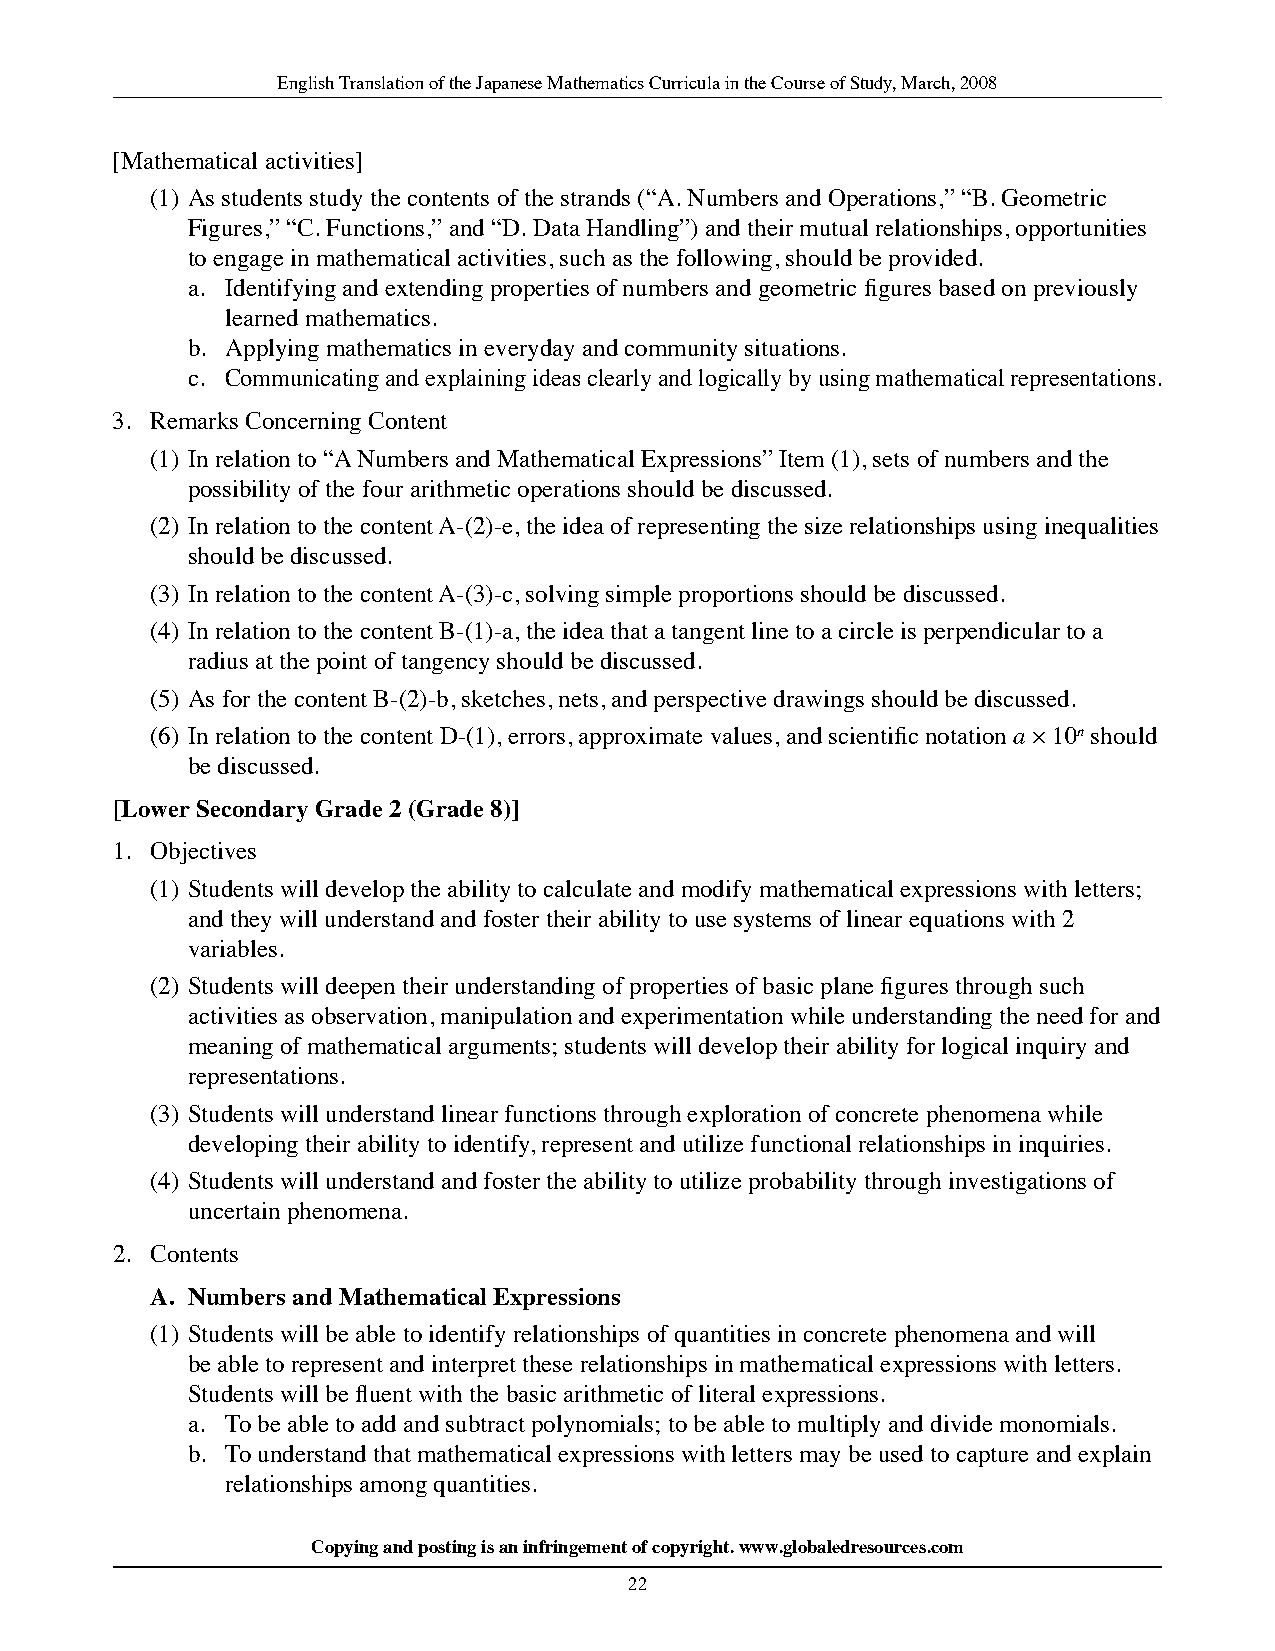
English Translation of the Japanese Mathematics Curricula in the Course of Study, March, 2008
 [Mathematical activities]
 (1) As students study the contents of the strands (“A. Numbers and Operations,” “B. Geometric
 Figures,” “C. Functions,” and “D. Data Handling”) and their mutual relationships, opportunities
 to engage in mathematical activities, such as the following, should be provided.
 a. Identifying and extending properties of numbers and geometric figures based on previously
 learned mathematics.
 b. Applying mathematics in everyday and community situations.
 c. Communicating and explaining ideas clearly and logically by using mathematical representations.
 3. Remarks Concerning Content
 (1) In relation to “A Numbers and Mathematical Expressions” Item (1), sets of numbers and the
 possibility of the four arithmetic operations should be discussed.
 (2) In relation to the content A-(2)-e, the idea of representing the size relationships using inequalities
 should be discussed.
 (3) In relation to the content A-(3)-c, solving simple proportions should be discussed.
 (4) In relation to the content B-(1)-a, the idea that a tangent line to a circle is perpendicular to a
 radius at the point of tangency should be discussed.
 (5) As for the content B-(2)-b, sketches, nets, and perspective drawings should be discussed.
 (6) In relation to the content D-(1), errors, approximate values, and scientific notation a × 10n should
 be discussed.
 [lower Secondary Grade 2 (Grade 8)]
 1. Objectives
 (1) Students will develop the ability to calculate and modify mathematical expressions with letters;
 and they will understand and foster their ability to use systems of linear equations with 2
 variables.
 (2) Students will deepen their understanding of properties of basic plane figures through such
 activities as observation, manipulation and experimentation while understanding the need for and
 meaning of mathematical arguments; students will develop their ability for logical inquiry and
 representations.
 (3) Students will understand linear functions through exploration of concrete phenomena while
 developing their ability to identify, represent and utilize functional relationships in inquiries.
 (4) Students will understand and foster the ability to utilize probability through investigations of
 uncertain phenomena.
 2. Contents
 a. numbers and Mathematical Expressions
 (1) Students will be able to identify relationships of quantities in concrete phenomena and will
 be able to represent and interpret these relationships in mathematical expressions with letters.
 Students will be fluent with the basic arithmetic of literal expressions.
 a. To be able to add and subtract polynomials; to be able to multiply and divide monomials.
 b. To understand that mathematical expressions with letters may be used to capture and explain
 relationships among quantities.
 Copying and posting is an infringement of copyright. www.globaledresources.com
 22